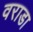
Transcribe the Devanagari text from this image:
वराडा